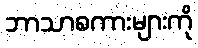
ဘာသာစကားများကို